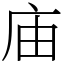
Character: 庙